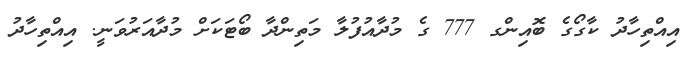
އިއްތިހާދު ކާގޯގެ ބޮއިންގ 777 ގެ މުދާއުފުލާ މަތިންދާ ބޯޓަކަށް މުދާއަރުވަނީ. އިއްތިހާދު